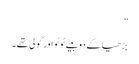
”
بڑھیا کے دو بیٹے ٹوٹو اور گولی تھے۔